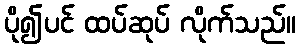
ပို၍ပင် ထပ်ဆုပ် လိုက်သည်။